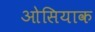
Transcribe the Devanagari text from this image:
ओसियाक